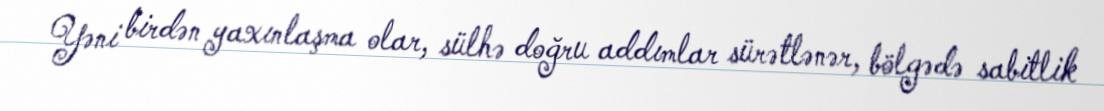
Yəni birdən yaxınlaşma olar, sülhə doğru addımlar sürətlənər, bölgədə sabitlik